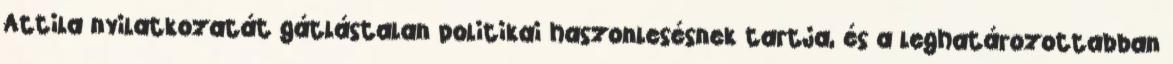
Attila nyilatkozatát gátlástalan politikai haszonlesésnek tartja, és a leghatározottabban